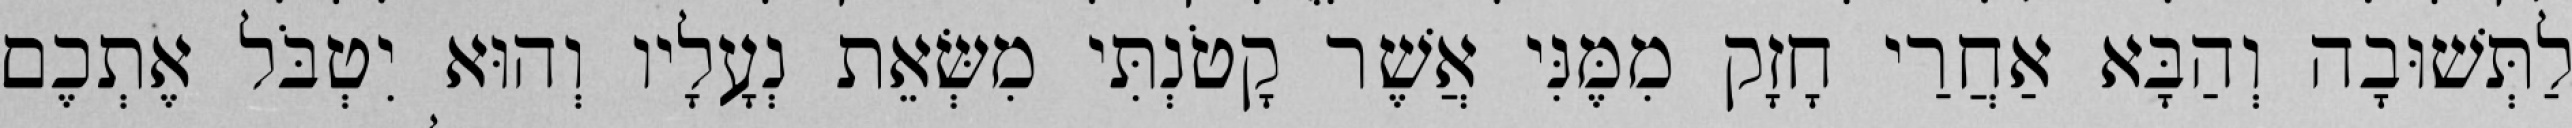
לַתְּשׁוּבָה וְהַבָּא אַחֲרַי חָזָק מִמֶּנִּי אֲשֶׁר קָטֹנְתִּי מִשְּׂאֵת נְעָלָיו וְהוּא יִטְבֹּל אֶתְכֶם